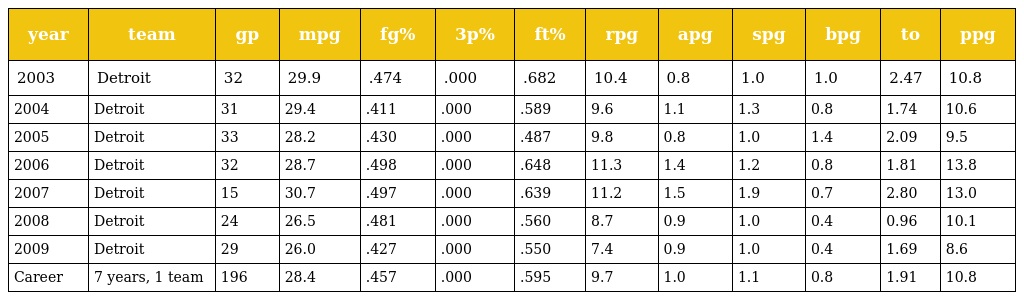
| year | team | gp | mpg | fg% | 3p% | ft% | rpg | apg | spg | bpg | to | ppg |
 | --- | --- | --- | --- | --- | --- | --- | --- | --- | --- | --- | --- | --- |
 | 2003 | Detroit | 32 | 29.9 | .474 | .000 | .682 | 10.4 | 0.8 | 1.0 | 1.0 | 2.47 | 10.8 |
 | 2004 | Detroit | 31 | 29.4 | .411 | .000 | .589 | 9.6 | 1.1 | 1.3 | 0.8 | 1.74 | 10.6 |
 | 2005 | Detroit | 33 | 28.2 | .430 | .000 | .487 | 9.8 | 0.8 | 1.0 | 1.4 | 2.09 | 9.5 |
 | 2006 | Detroit | 32 | 28.7 | .498 | .000 | .648 | 11.3 | 1.4 | 1.2 | 0.8 | 1.81 | 13.8 |
 | 2007 | Detroit | 15 | 30.7 | .497 | .000 | .639 | 11.2 | 1.5 | 1.9 | 0.7 | 2.80 | 13.0 |
 | 2008 | Detroit | 24 | 26.5 | .481 | .000 | .560 | 8.7 | 0.9 | 1.0 | 0.4 | 0.96 | 10.1 |
 | 2009 | Detroit | 29 | 26.0 | .427 | .000 | .550 | 7.4 | 0.9 | 1.0 | 0.4 | 1.69 | 8.6 |
 | Career | 7 years, 1 team | 196 | 28.4 | .457 | .000 | .595 | 9.7 | 1.0 | 1.1 | 0.8 | 1.91 | 10.8 |